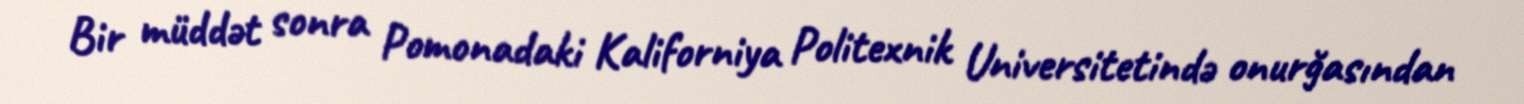
Bir müddət sonra Pomonadaki Kaliforniya Politexnik Universitetində onurğasından